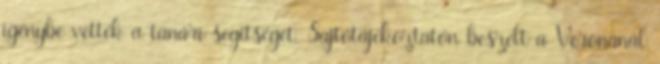
igénybe vették a tanári segítséget. Sajtótájékoztatón beszélt a Veronánál